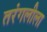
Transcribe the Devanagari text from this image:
तरंगलीला